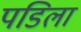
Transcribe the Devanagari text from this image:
पडिला